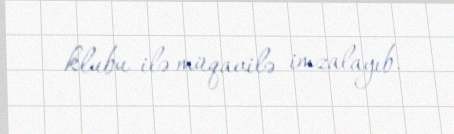
klubu ilə müqavilə imzalayıb.